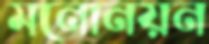
মনোনয়ন